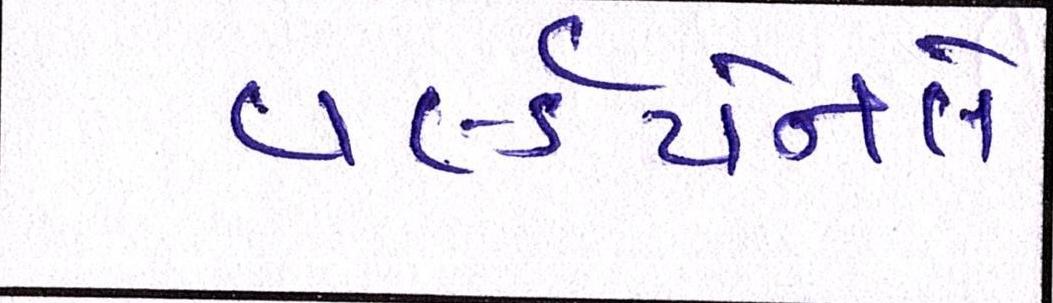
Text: વર્લ્ડપેનલે